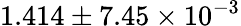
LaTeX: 1.414\pm 7.45\times 10^{-3}